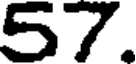
57.